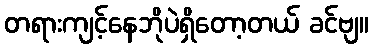
တရားကျင့်နေဘိုပဲရှိတော့တယ် ခင်ဗျ။